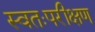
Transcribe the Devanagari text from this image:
स्वतःपरीक्षण